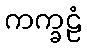
ကက္ခဠံ